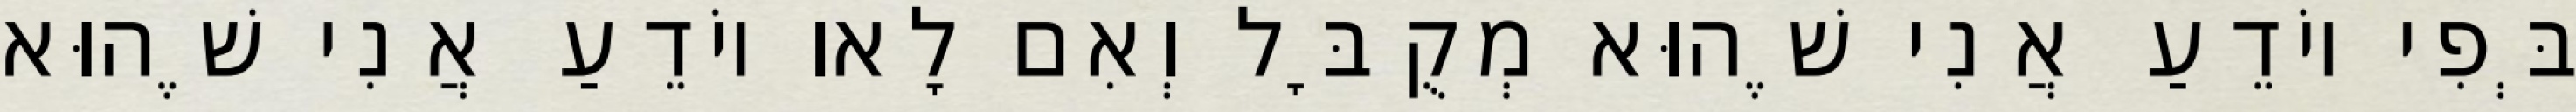
בְּפִי יוֹדֵעַ אֲנִי שֶׁהוּא מְקֻבָּל וְאִם לָאו יוֹדֵעַ אֲנִי שֶׁהוּא